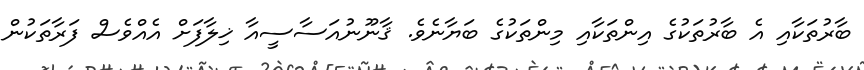
ބާރުތަކާއި އެ ބާރުތަކުގެ އިންތަކާއި މިންތަކުގެ ބަޔާނެވެ. ޤާނޫނުއަސާސީއާ ޚިލާފަށް އެއްވެސް ފަރާތަކުން